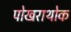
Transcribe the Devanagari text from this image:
पोखराथोक